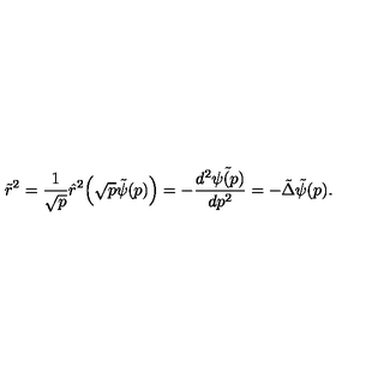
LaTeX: \tilde { r } ^ { 2 } = \frac { 1 } { \sqrt { p } } \hat { r } ^ { 2 } \Bigl ( \sqrt { p } \tilde { \psi } ( p ) \Bigr ) = - \frac { d ^ { 2 } \tilde { \psi ( p ) } } { d p ^ { 2 } } = - \tilde { \Delta } \tilde { \psi } ( p ) .